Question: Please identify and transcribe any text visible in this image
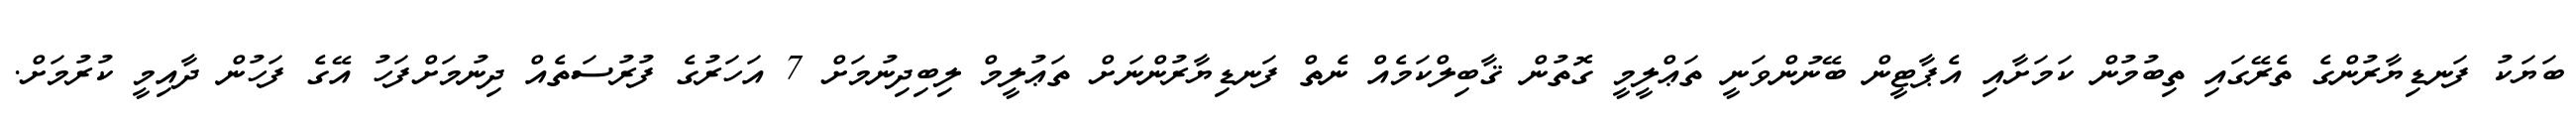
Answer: ބަޔަކު ފަނޑިޔާރުންގެ ތެރޭގައި ތިބުމުން ކަމަށާއި އެޕާޓީން ބޭނުންވަނީ ތަޢްލީމީ ގޮތުން ޤާބިލްކަމެއް ނެތް ފަނޑިޔާރުންނަށް ތަޢުލީމް ލިބިދިނުމަށް 7 އަހަރުގެ ފުރުސަތެއް ދިނުމަށްފަހު އޭގެ ފަހުން ދާއިމީ ކުރުމަށް.